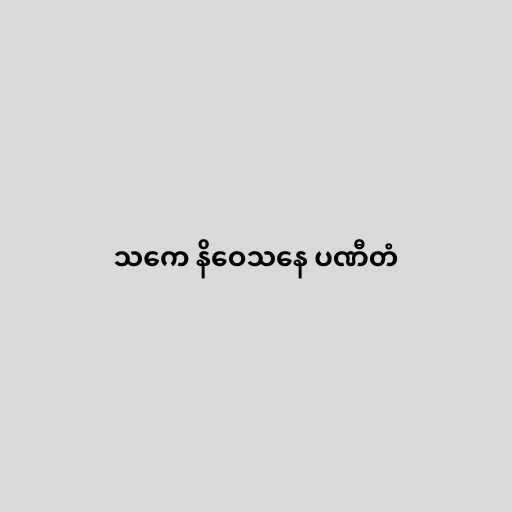
သကေ နိဝေသနေ ပဏီတံ